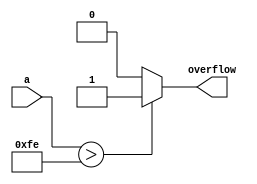
module comparator10(
input [7:0]a,
output overflow
);

assign overflow = (a > 8'd254) ?1'd1:1'd0;

endmodule